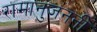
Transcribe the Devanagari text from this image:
रामानुजननी